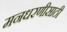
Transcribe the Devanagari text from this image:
मनधरणीसाठी